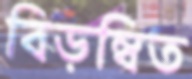
বিড়ম্বিত